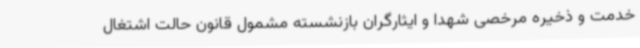
خدمت و ذخیره مرخصی شهدا و ایثارگران بازنشسته مشمول قانون حالت اشتغال